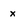
Character: x